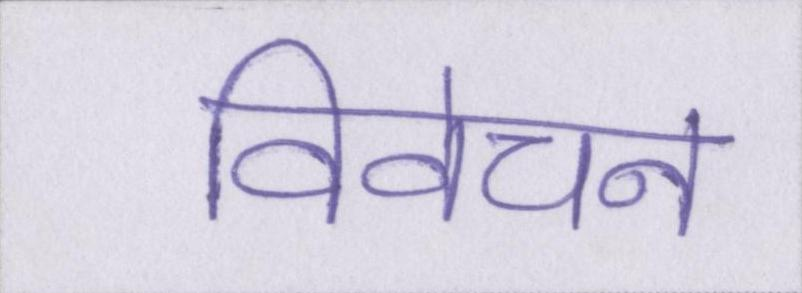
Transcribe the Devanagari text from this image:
विवेचन